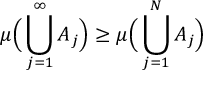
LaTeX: \mu { \Big ( } \bigcup _ { j = 1 } ^ { \infty } A _ { j } { \Big ) } \geq \mu { \Big ( } \bigcup _ { j = 1 } ^ { N } A _ { j } { \Big ) }